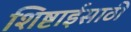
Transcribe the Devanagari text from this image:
शिष्टाईसाठी